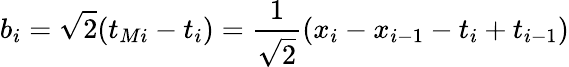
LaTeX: b_{i}=\sqrt{2}(t_{Mi}-t_{i})=\frac{1}{\sqrt{2}}(x_{i}-x_{i-1}-t_{i}+t_{i-1})